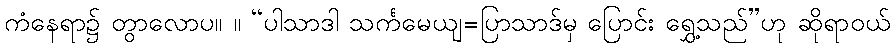
ကံနေရာ၌ တွာလောပ။ ။ “ပါသာဒါ သင်္ကမေယျ=ပြာသာဒ်မှ ပြောင်း ရွှေ့သည်”ဟု ဆိုရာဝယ်